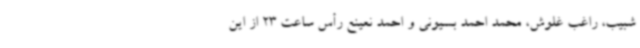
شبیب، راغب غلوش، محمد احمد بسیونی و احمد نعینع رأس ساعت 23 از این